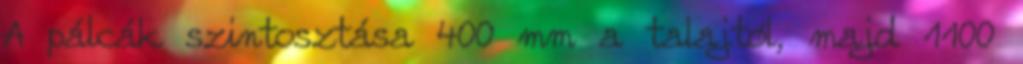
A pálcák szintosztása 400 mm a talajtól, majd 1100